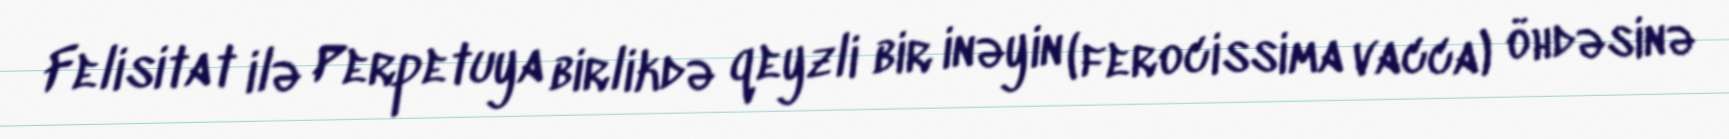
Felisitat ilə Perpetuya birlikdə qeyzli bir inəyin (ferocissima vacca) öhdəsinə